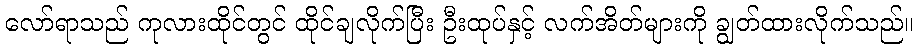
လော်ရာသည် ကုလားထိုင်တွင် ထိုင်ချလိုက်ပြီး ဦးထုပ်နှင့် လက်အိတ်များကို ချွတ်ထားလိုက်သည်။